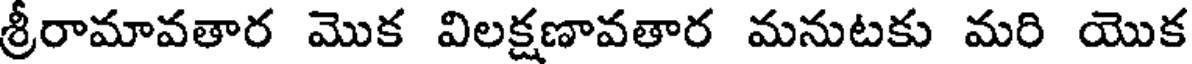
శ్రీరామావతార మొక విలక్షణావతార మనుటకు మరి యొక